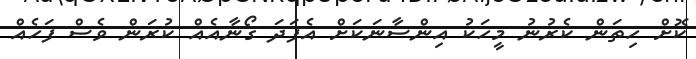
ކޮށް ހިތަން ކެރުނު މީހަކު އިންސާނަކަށް އެފަދަ ގޯނާއެއް ކުރަން ވެސް ފަހެއް